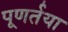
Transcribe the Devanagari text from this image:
पूणर्तया